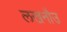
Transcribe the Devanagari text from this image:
लखनौउ